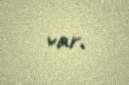
var.